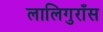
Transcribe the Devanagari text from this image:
लालिगुराँस